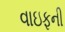
વાઇફની